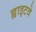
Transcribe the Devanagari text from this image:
ह्वाइटवे